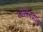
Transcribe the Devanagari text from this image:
डालनवाला़